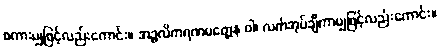
စကားမျှဖြင့်လည်းကောင်း။ အဉ္ဇလိကရဏမတ္တေန ဝါ၊ လက်အုပ်ချီကာမျှဖြင့်လည်းကောင်း။